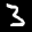
Label: 3